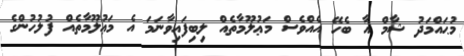
މުޙައްމަދު ޝާމް އާ ބެހޭ އެއްވެސް މަޢުލޫމާތެއް ލިބިފައިވާނަމަ އެ މަޢުލޫމާތެއް ފުލުހުންގެ